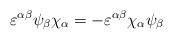
LaTeX: \begin{align*}\varepsilon^{\alpha\beta} \psi_\beta \chi_\alpha = -\varepsilon^{\alpha\beta} \chi_\alpha \psi_\beta\end{align*}